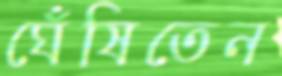
ঘেঁষিতেন